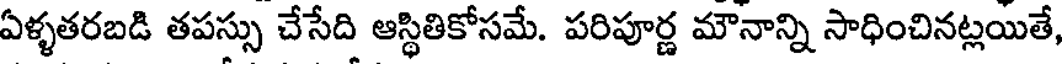
ఏళ్ళతరబడి తపస్సు చేసేది ఆస్థితికోసమే. పరిపూర్ణ మౌనాన్ని సాధించినట్లయితే,